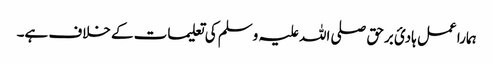
ہمارا عمل ہادیٔ برحق صلی اللہ علیہ وسلم کی تعلیمات کے خلاف ہے۔